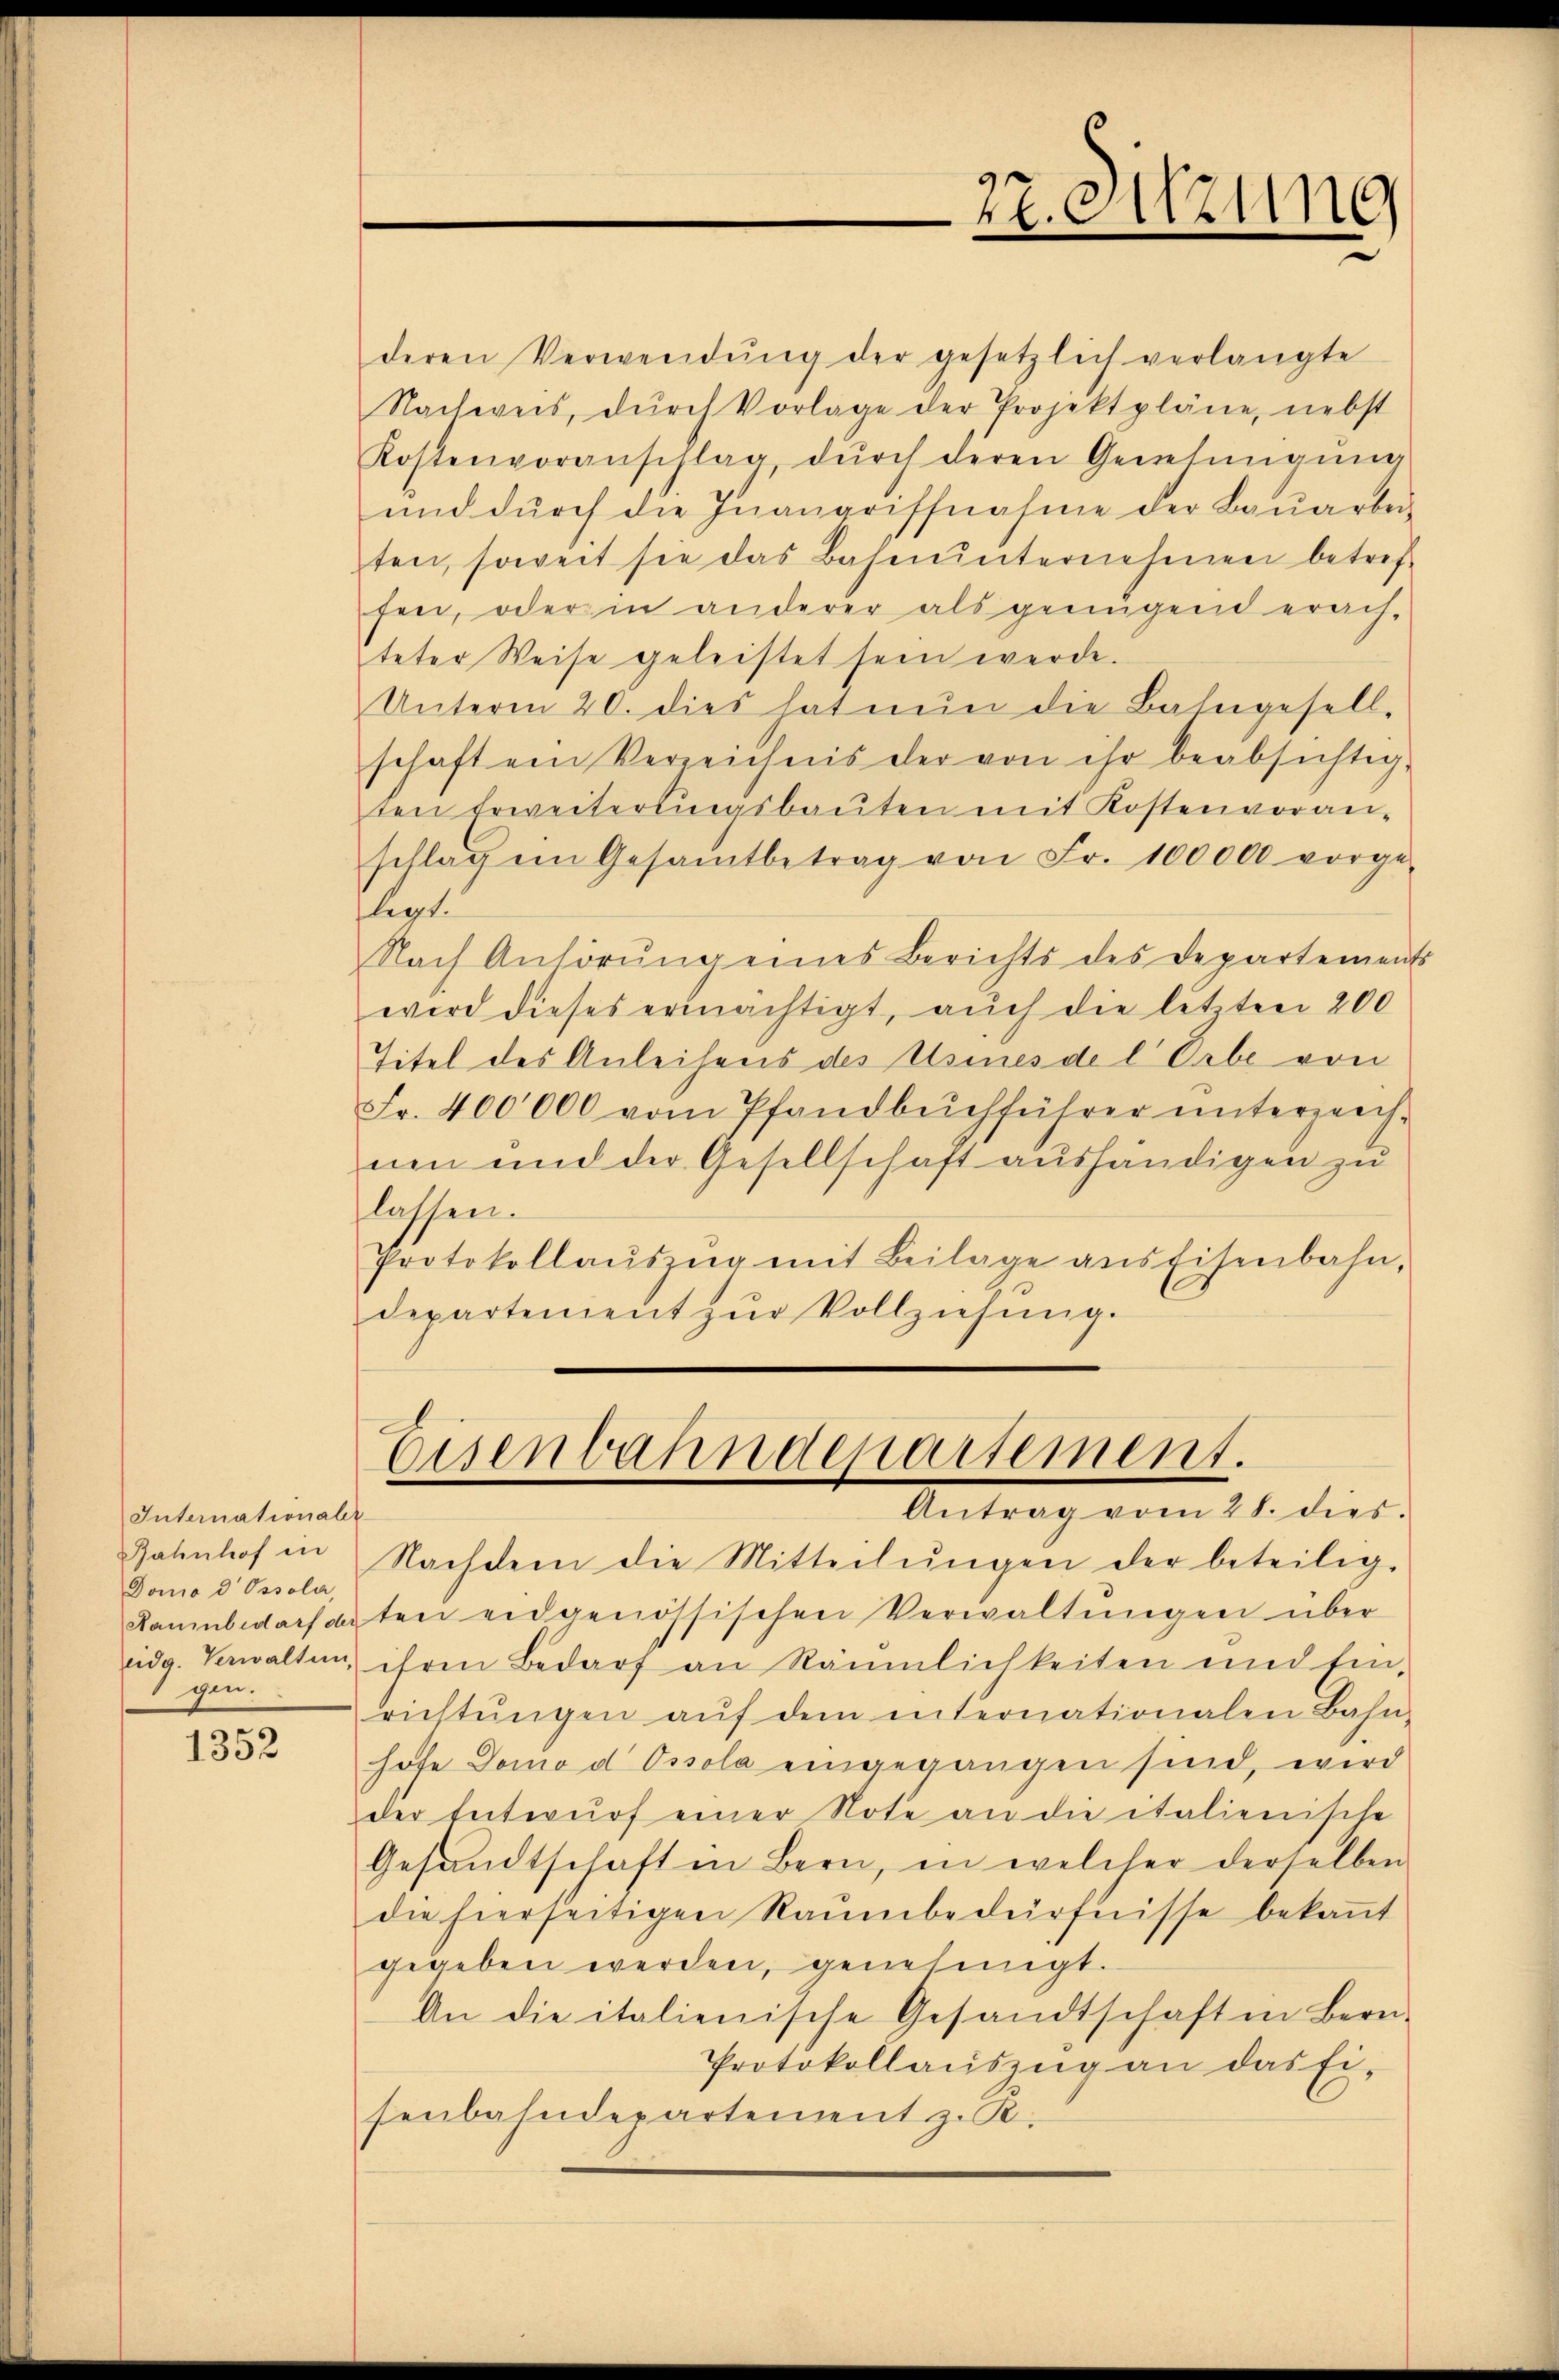
Internationalr
Bahnhof in
Domo d Ossola,
Saumbedarf der
gen.

1352

deren Verwendŭng der gesetzlich verlangte
Nachweis, durch Vorlage der Projektpläne, nebst
Kostenvoranschlag dŭrch deren Genehmigŭng
und dŭrch die Inangriffnahme der Baŭarbei-
ten, soweit sie das Bahnŭnternehmen betref-
fen, oder in anderer als genügend erach-
teter Weise geleistet sein werde.
Unterm 20. dies hat nŭn die Bahngesell-
schaft ein Verzeichnis der von ihr beabsichtig-
ten Erweiterungsbaŭten mit Kostenvoran-
schlagen Gesamtbetrag von Fr. 100000 vorge-
legt.
Nach Anhörŭng eines Berichts des Departements
wird dieses ermächtigt, aŭch die letzten 200
Titel des Anleihens des Usines de l Orbe von
Fr. 400000 vom Pfandbuchführer ŭnterzeich-
ue und der Gesellschaft aushändigen zu
lassen.
Protokollaŭszŭg mit Beilage ans Eisenbahn,
departenient zŭr Vollziehŭng.

27. Sitzung

Eisenbahndepartement.
Antrag vom 28. dies.

Nachdem die Mitteilŭngen der beteiligten eidgenössischen Verwaltŭngen über
eidg. Verwalten, ihren Bedarf an Räumlichkeiten und Ein-
richtŭngen aŭf dem internationalen Bahn-
hofe Domo d Ossola eingegangen sind, wird
der Entwŭrf einer Note an die italienische
Gesandtschaft in Bern, in welcher derselben
die hierseitigen Raŭmbedürfnisse bekaṅt
gegeben werden, genehmigt.
An die italienische Gesandtschaft in Bern-
Protokollaŭszŭg an das fi-
senbahndepartement z. R.